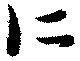
仁